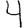
Digit: 4